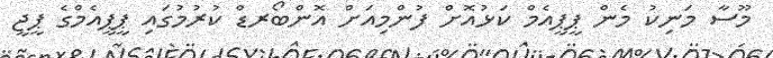
މޫސާ މަނިކު މެން ޕީޕީއެމް ކަޅުއޮށް ފުންމިއަށް އޮންބޯރޑް ކުރުމުގައި ޕީޕީއެމްގެ ޕީޖީ